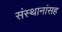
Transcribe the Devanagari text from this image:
संस्थानांसह